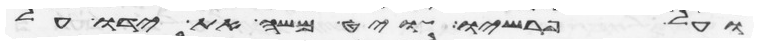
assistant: ועל פרשיו ויט משה את ידו על